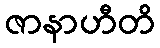
ဇာနာဟီတိ